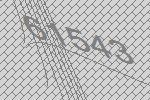
61543